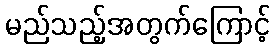
မည်သည့်အတွက်ကြောင့်